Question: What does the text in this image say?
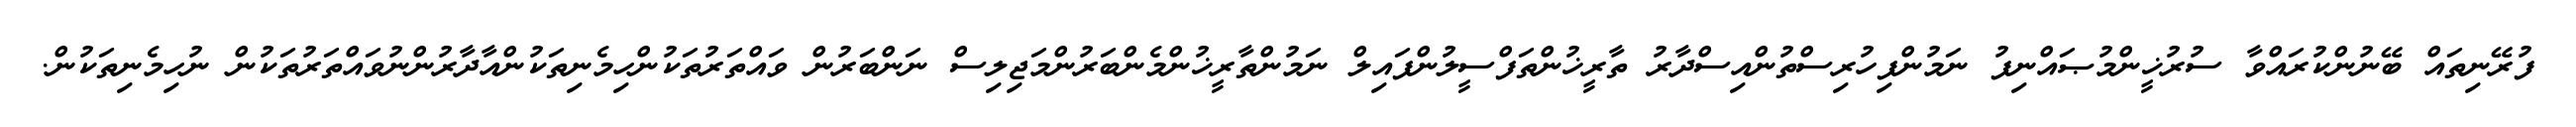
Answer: ފުރޭނިތައް ބޭނުންކުރައްވާ ސުރުޚީންމުޞައްނިފު ނަމުންފިހުރިސްތުންއިސްދާރު ތާރީޚުންތަފްސީލުންފައިލް ނަމުންތާރީޚުންމެންބަރުންމަޖިލިސް ނަންބަރުން ވައްތަރުތަކުންހިމެނިތަކުންއާދާރުންނުވައްތަރުތަކުން ނުހިމެނިތަކުން.